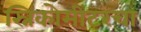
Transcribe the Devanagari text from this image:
स्निकोमीटरचा